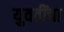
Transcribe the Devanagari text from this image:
युवतींचा